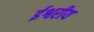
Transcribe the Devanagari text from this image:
र्इश्वरीय